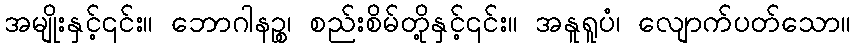
အမျိုးနှင့်၎င်း။ ဘောဂါနဉ္စ၊ စည်းစိမ်တို့နှင့်၎င်း။ အနူရူပံ၊ လျောက်ပတ်သော။